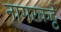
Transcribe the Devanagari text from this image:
नागरकट्टे